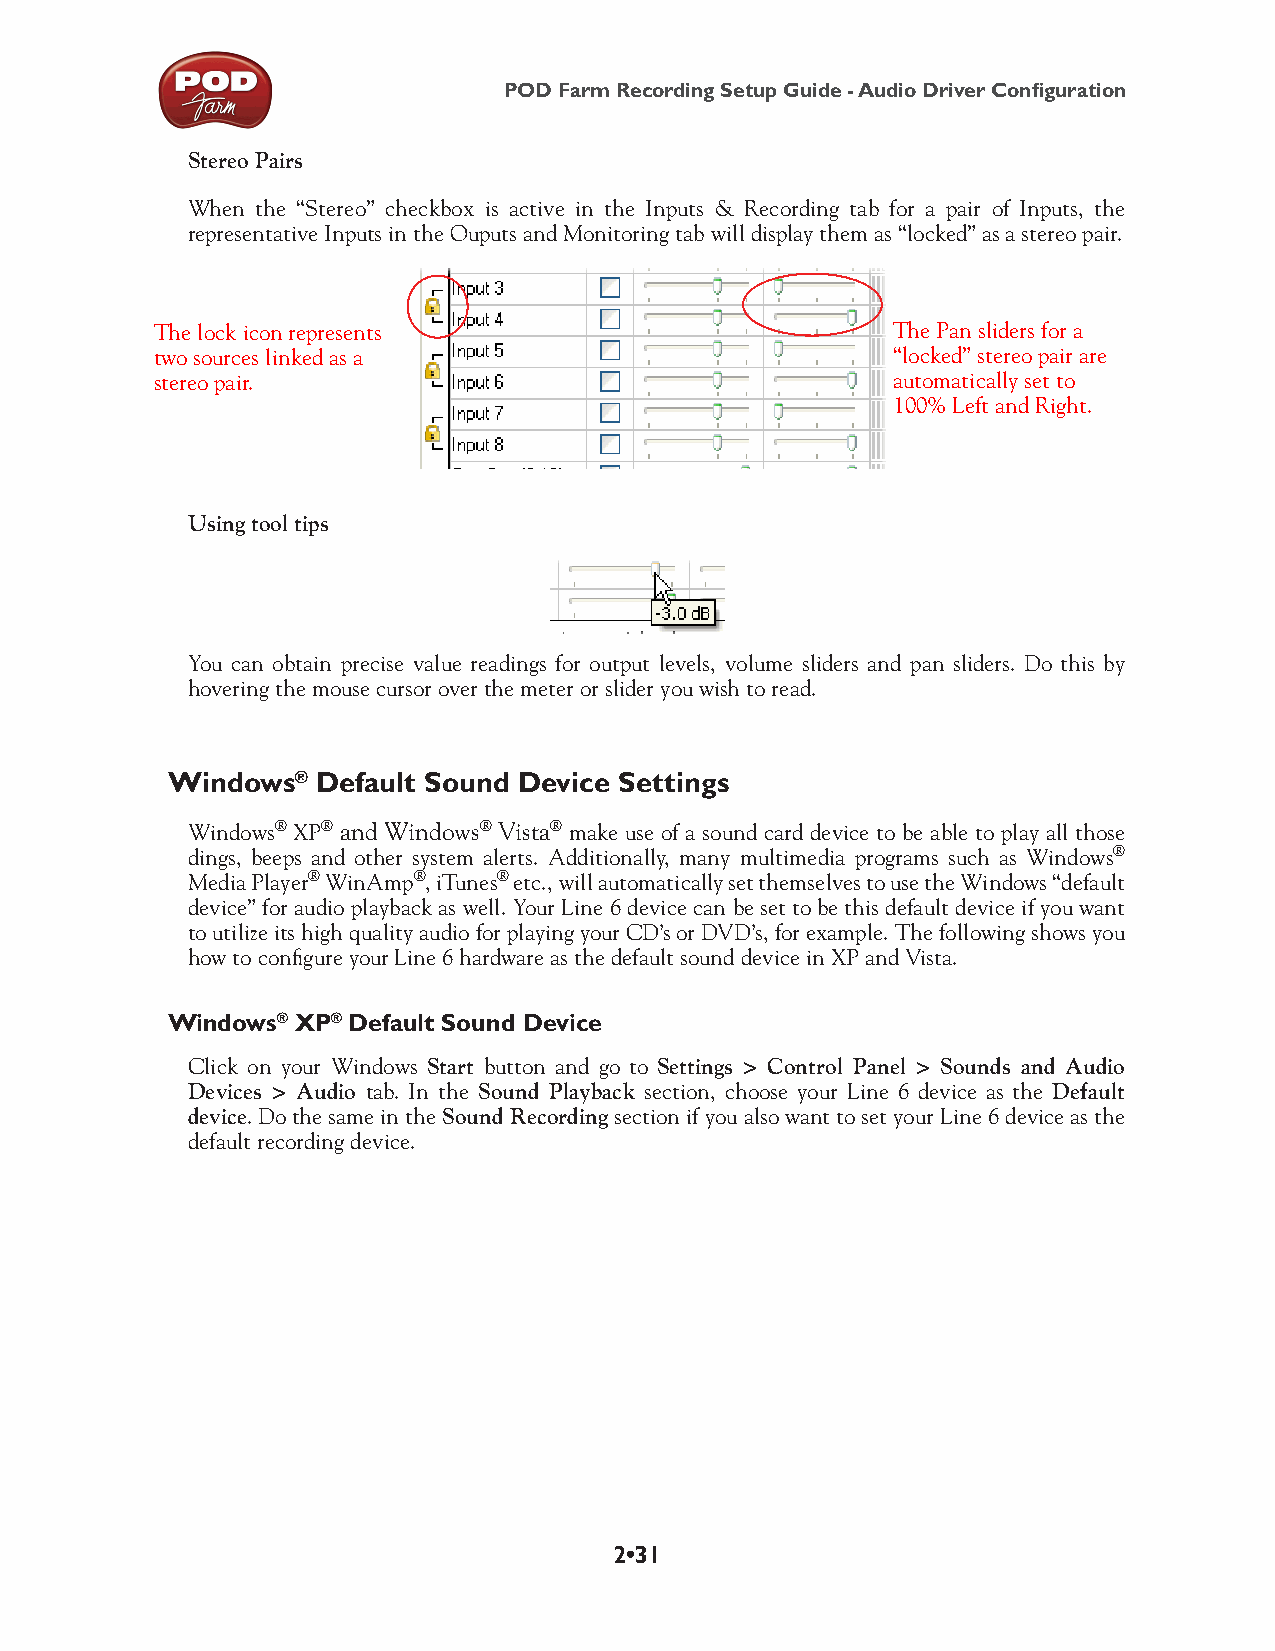
POD Farm Recording Setup Guide - Audio Driver Configuration
 Stereo Pairs
 When the “Stereo” checkbox is active in the Inputs & Recording tab for a pair of Inputs, the
 representative Inputs in the Ouputs and Monitoring tab will display them as “locked” as a stereo pair.
 The lock icon represents                         The Pan sliders for a
 two sources linked as a                          “locked” stereo pair are
 stereo pair.                                     automatically set to
 100% Left and Right.
 Using tool tips
 You can obtain precise value readings for output levels, volume sliders and pan sliders. Do this by
 hovering the mouse cursor over the meter or slider you wish to read.
 Windows®  Default Sound Device Settings
 Windows® XP® and Windows® Vista® make use of a sound card device to be able to play all those
 dings, beeps and other system alerts. Additionally, many multimedia programs such as Windows®
 Media Player® WinAmp®, iTunes® etc., will automatically set themselves to use the Windows “default
 device” for audio playback as well. Your Line 6 device can be set to be this default device if you want
 to utilize its high quality audio for playing your CD’s or DVD’s, for example. The following shows you
 how to configure your Line 6 hardware as the default sound device in XP and Vista.
 Windows® XP® Default Sound Device
 Click on your Windows Start button and go to Settings > Control Panel > Sounds and Audio
 Devices > Audio tab. In the Sound Playback section, choose your Line 6 device as the Default
 device. Do the same in the Sound Recording section if you also want to set your Line 6 device as the
 default recording device.
 2•31